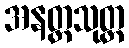
အနတ္တသုတ္တ